Report of the Hyderabad Chloroform Commission
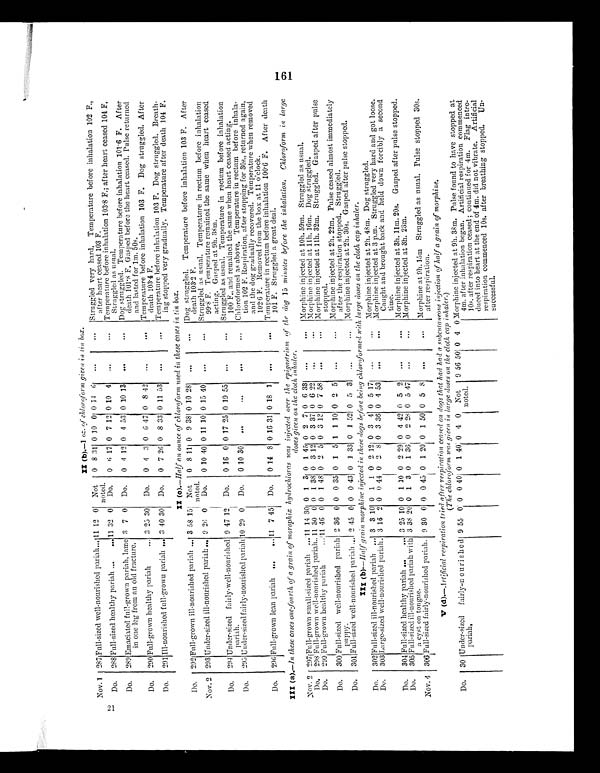
Nov. 1 287 Full-sized well-nourished pariah... 11 12 0 Not
noted.
0 8 31 0 10 0 0 14 6
...
...
Struggled very hard. Temperature before inhalation 102 F.,
after heart ceased 103 F.
Do.
288 Full-sized healthy pariah ...
... 11 32 0 Do.
0 6 17 0 7 12 0 10 4
...
...
Temperature before inhalation 103.8 F.; after heart ceased 104 F.
Struggled as usual.
Do.
289 Emaciated full-grown pariah, lame
in one leg from an old fracture.
3 7 0 Do.
0 4 12 0 4 53 0 10 13
...
...
Dog struggled. Temperature before inhalation 101.6 F. After
death 101.8 F. Gasped before the heart ceased. Pulse returned
and lasted for 1m. 50s.
Do.
290 Full-grown healthy pariah
... 3 25 30 Do.
0 4 3 0 6 47 0 8 42
...
...
Temperature before inhalation 103 F. Dog struggled. After
death 103.4 F.
Do. 291 Ill-nourished full-grown pariah... 3 40 30
Do.
0 7 26 0 8 33 0 11 53
...
. . .
Temperature before inhalation 103 F. Dog struggled. Breath
-
ing stopped very gradually. Temperature after death 104 F.
II (c). - H a l f a n o u n c e o f c h l o r o f o r m u s e d i n t h e s e c a s e s i n t i n b o x .
Do.
292 Full-grown ill-nourished pariah ... 3 58 15 Not
noted.
0 8 11 0 9 38 0 10 28
. . .
...
Dog struggled. Temperature before inhalation 103 F. After
death 103.2 F.
Nov. 2 293 Under-sized ill-nourished pariah ... 9 26 0 Do.
0 10 40 0 11 10 0 15 40
...
...
Struggled as usual. Temperature in rectum before inhalation
99.8 F. Temperature remained the same when heart ceased
acting. Gasped at 9h. 38m.
Do.
294 Under-sized fairly-well-nourished
pariah.
9 47 12 Do.
0 16 0 0 17 25 0 19 55
...
...
Struggled as usual. Temperature in rectum before inhalation
100 F., and remained the same when heart ceased acting.
Do.
295 underr-sized fairly-nourished pariah 10 29 0
Do.
0 10 30
...
...
. . .
. . .
Chloroformed as above. Temperature in rectum before inhala
-
tion 102 F. Respiration, after stopping for 30s., returned again,
and the dog gradually recovered. Temperature when removed
102.6 F. Removed from the box at 11 o'clock.
Do.
296 Full-grown lean pariah ...
. . . 11 7 45 Do.
0 14 8 0 16 31 0 18 1
...
...
Temperature in rectum before inhalation 100.6 F. After death
101 F. Struggled a great deal.
III (a).—In these cases one-fourth of a grain of morophix hydrochloras was injected over the epigastrium of the dog 15 minutes before the inhalation. chloroform in large
doses given on the cloth inhaler.
Nov . 2
2 9 7
Fu11-grown small-sized pariah _ 11 14 30 0 1 3 0 1 45 0 2 7 0 6 33
...
...
Morphine injected at 10h. 59m. Struggled as usual.
Do.
298 Full-grown well-nourished pariah.. 11 30 0 0 1 38 0 3 12 0 3 37 0 6 22
...
...
Morphine injected at 11h.. 16m.. Dog struggled.
Do.
2 9 9 Full-grown healthy pariah
... 11 46 0 0 1 48 0 2 5 0 3 12 0 7 58
...
...
Morphine injected at 11h. 32m. Struggled. Gasped after pulse
stopped.
Do.
3 0 0
full-sized well-nourished pariah
puppy.
2 36 0 0 0 35 0 1 5 1 1 10 0 2 5
...
...
Morphine injected at 2h. 22m. Pulse ceased almost immediately
after the respiration stopped. Struggled.
Do.
301 Full-sized well-nourished pariah ... 2 45 0 0 0 43, 0 1 33 0 1 52 0 5 3
...
...
Morphine injected at 2h. 30s. Gasped after pulse stopped.
III (b).—Half grain morphine injected in these dogs before being chloroformed with large doses on the cloth cap inhaler.
Do.
302 Full-sized ill-nourished pariah ... 3 3 10 0 1 1 0 2 12 0 3 4 0 5 17
...
..._
Morphine injected at 2h. 48m. Dog struggled.
Do.
303 Large-sized well-nourished pariah.. 3 16 2 0 0 44 0 2 8 0 3 36 0 4 53
...
...
Morphine injected at 3 p.m. Struggled very hard and got loose.
Caught and brought back and held down forcibly a second
time.
Do.
304 Full-sized healthy pariah ...
... 3 25 10 0 1 10 0 2 29 0 4 42 0 5 2
. . .
. . .
Morphine injected at 3h. 11m. 20s. Gasped after pulse stopped.
Do.
305 Full-sized ill-nourished pariah with
a cyst on tongue.
3 38 20 0 1 3 0 1 36 0 2 28 0 5 47
...
...
Morphine injected at 3h. 23m.
Nov. 4 306 Full-sized fairly-nourished pariah. 9 30 0 0 0 45
I
0 1 20 0 1 50 0 5 8
...
...
Morphine at 9h. 15m Struggled as usual. Pulse stopped 30s.
a fter respiration.
V (d).—Artificial respiration tried after respiration ceased on dogs that had had a subcutaneous injection of half a grain of m o r p h i n e .
(The chloroform was given in large doses on the cloth cap inhaler.)
Do.
30 Under-sized fairly-nou r is h e d
pariah.
9 55 0 0 0 40 0 1 40 0 4 0 Not
noted.
9 56 50 0 4 0 Morphine injected at 9h. 38m. Pulse found to have stopped at
4m. after inhalation began. Artificial respiration commenced
10s. after respiration ceased ; continued for 4m. Flag intro
-
duced into heart at the end of 4m. did not vibrate. Artificial
respiration commenced 10s. after breathing stopped.
Un
-
successful.